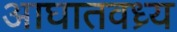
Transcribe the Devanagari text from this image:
आघातवध्र्य